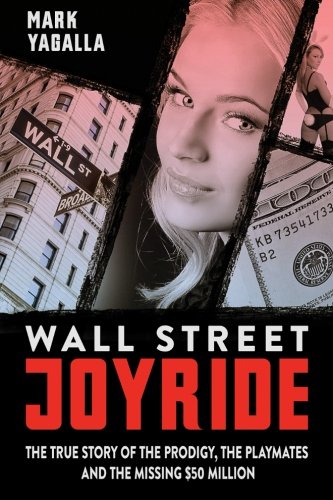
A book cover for Wall Street Joyride: The True Story of the Prodigy, the Playmates and the Missing $50 Million; Mr Mark Yagalla; Biographies & Memoirs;